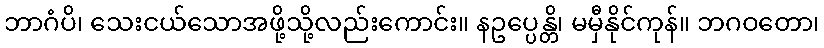
ဘာဂံပိ၊ သေးငယ်သောအဖို့သို့လည်းကောင်း။ နဥပ္ပေန္တိ၊ မမှီနိုင်ကုန်။ ဘဂဝတော၊